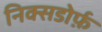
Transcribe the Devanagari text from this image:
निक्सडोर्फ़